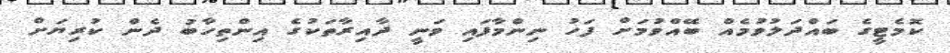
ކޮމެޓީގެ ބައްދަލުވުމެއް ބޭއްވުމަށް ފަހު ނިންމާފައި ވަނީ ދާއިރާތަކުގެ އިންތިހާބު ދެން ކުރިޔަށް